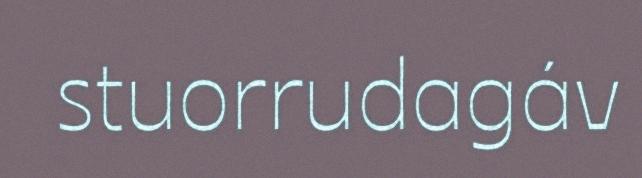
stuorrudagáv